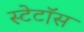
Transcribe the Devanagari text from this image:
स्टेटॉस